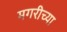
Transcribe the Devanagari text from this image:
मगरीच्या